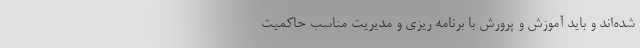
شده‌اند و باید آموزش و پرورش با برنامه ریزی و مدیریت مناسب حاکمیت